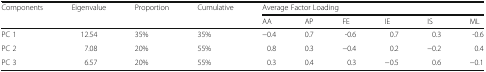
| <ROWSPAN=2> Components | <ROWSPAN=2> Eigenvalue | <ROWSPAN=2> Proportion | <ROWSPAN=2> Cumulative | <COLSPAN=6> Average Factor Loading |
 | AA | AP | FE | IE | IS | ML |
 | --- | --- | --- | --- | --- | --- | --- | --- | --- | --- |
 | PC 1 | 12.54 | 35% | 35% | −0.4 | 0.7 | -0.6 | 0.7 | 0.3 | -0.6 |
 | PC 2 | 7.08 | 20% | 55% | 0.8 | 0.3 | −0.4 | 0.2 | −0.2 | 0.4 |
 | PC 3 | 6.57 | 20% | 55% | 0.3 | 0.4 | 0.3 | −0.5 | 0.6 | −0.1 |